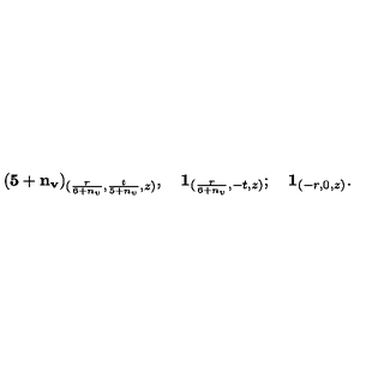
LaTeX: ( \mathbf { 5 + n _ { v } } ) _ { ( \frac { r } { 6 + n _ { v } } , \frac { t } { 5 + n _ { v } } , z ) } , \quad \mathbf { 1 } _ { ( \frac { r } { 6 + n _ { v } } , - t , z ) } ; \quad \mathbf { 1 } _ { ( - r , 0 , z ) } .